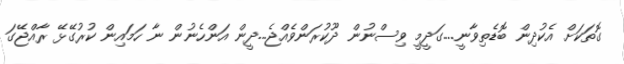
ގޮތަކަށް އެކުދިން ބޮޑެތިވާނީ....ގަދީމީ ވިސްނުން ދޫކުރަންވެއްޖެ...ދީން އަންހެނުން ނާ ހަމައިން ކުރުގޭޅޭ ރާއްޖޭގަ